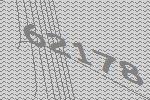
62178